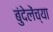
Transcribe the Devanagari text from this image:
बुंदेलेंच्या